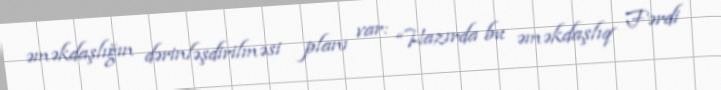
əməkdaşlığın dərinləşdirilməsi planı var: “Hazırda bu əməkdaşlıq Fərdi